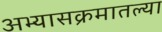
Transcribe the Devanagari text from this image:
अभ्यासक्रमातल्या